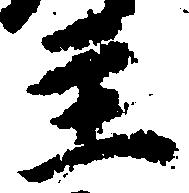
主